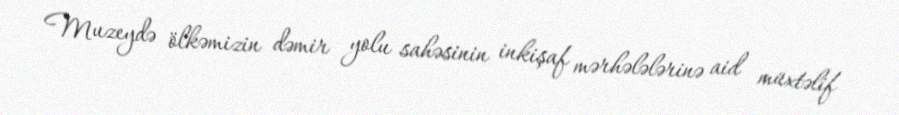
Muzeydə ölkəmizin dəmir yolu sahəsinin inkişaf mərhələlərinə aid müxtəlif